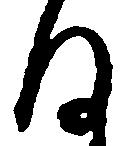
ほ